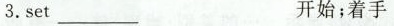
3.set ___ 开始；着手